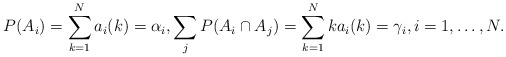
\begin{align*}P(A_i)=\sum_{k=1}^N a_i(k)=\alpha_i,\sum_{j} P(A_i\cap A_j)=\sum_{k=1}^N k a_i(k)= \gamma_i,i=1,\ldots,N.\end{align*}